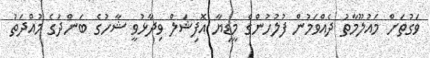
ވަގުތަށް މައުލޫމާތު ދެއްވަމުން ފުލުހުންގެ މީޑިޔާ އޮފިޝަލް ވިދާޅުވީ ޝާހުގެ ބަންދުގެ މުއްދަތު